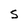
Character: S